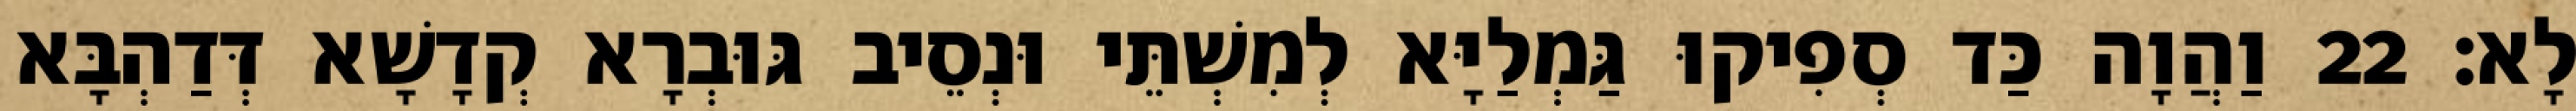
לָא׃ 22 וַהֲוָה כַּד סְפִיקוּ גַּמְלַיָּא לְמִשְׁתֵּי וּנְסֵיב גּוּבְרָא קְדָשָׁא דְּדַהְבָּא